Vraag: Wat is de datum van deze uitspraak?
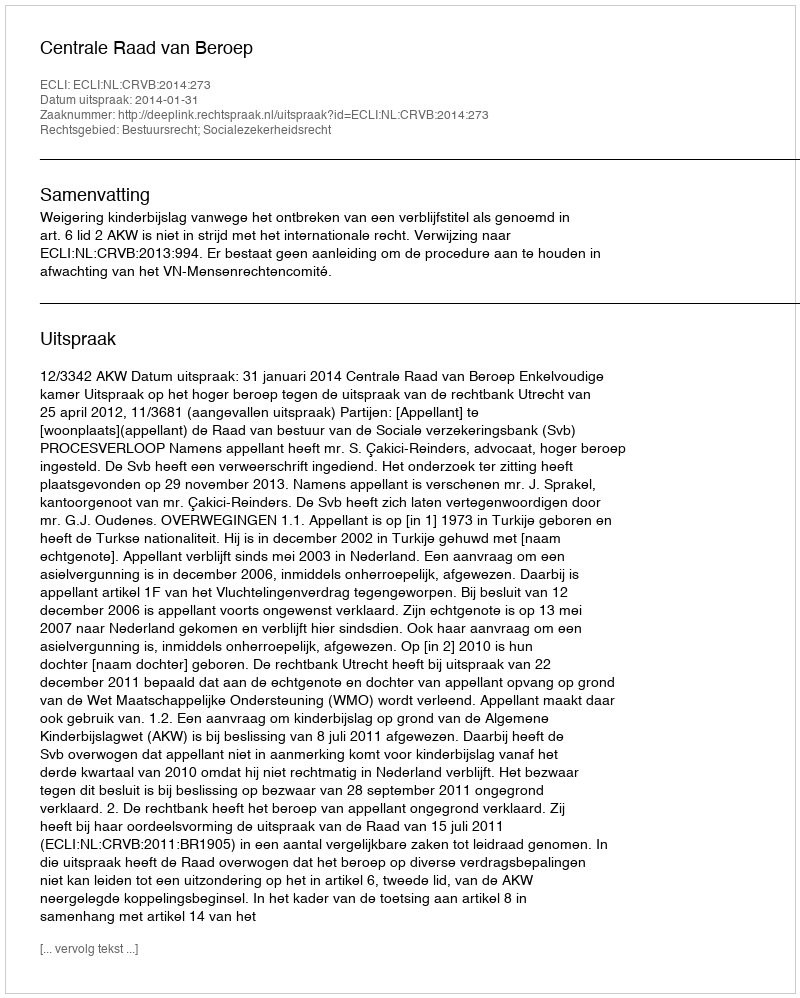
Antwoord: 2014-01-31